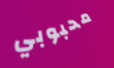
محبوبي